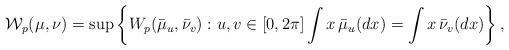
LaTeX: \begin{align*}\mathcal{W}_{p}(\mu,\nu)=\sup\left\{ W_{p}(\bar{\mu}_{u},\bar{\nu}_{v}): u,v\in[0,2\pi] \int x\,\bar{\mu}_{u}(dx)=\int x\,\bar{\nu}_{v}(dx)\right\},\end{align*}